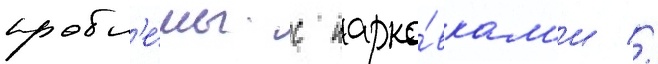
пробл'е́мы с парко́вкам'и //